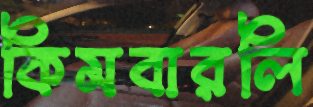
কিমবারলি